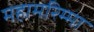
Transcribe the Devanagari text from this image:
महामरिम्मा